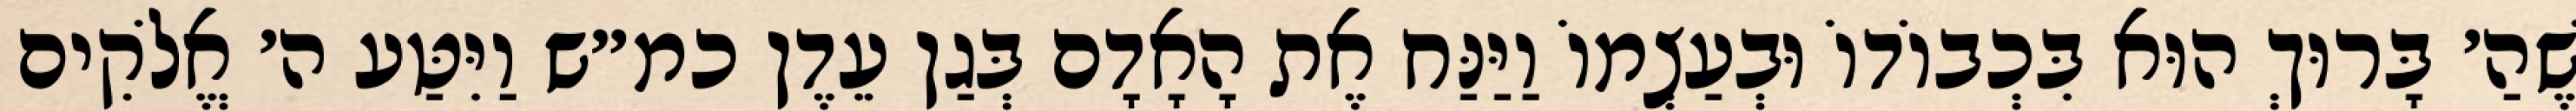
שֶׁהַ׳ בָּרוּךְ הוּא בִּכְבוֹדוֹ וּבְעַצְמוֹ וַיַּנַּח אֶת הָאָדָם בְּגַן עֵדֶן כמ״ש וַיִּטַּע ה׳ אֱלֹקִים